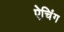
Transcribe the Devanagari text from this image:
ऐचिंग